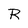
Character: R